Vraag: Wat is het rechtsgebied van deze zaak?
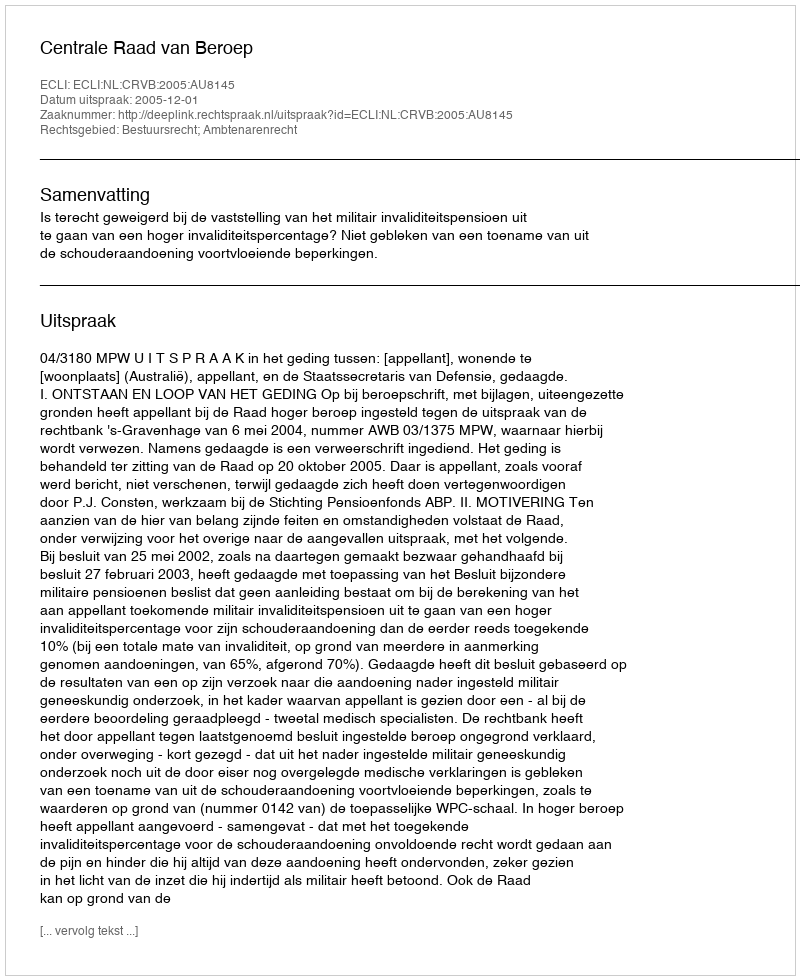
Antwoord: Bestuursrecht; Ambtenarenrecht